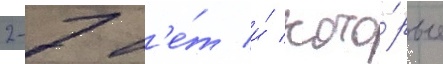
2-7 л'е́т и́ кото́рые